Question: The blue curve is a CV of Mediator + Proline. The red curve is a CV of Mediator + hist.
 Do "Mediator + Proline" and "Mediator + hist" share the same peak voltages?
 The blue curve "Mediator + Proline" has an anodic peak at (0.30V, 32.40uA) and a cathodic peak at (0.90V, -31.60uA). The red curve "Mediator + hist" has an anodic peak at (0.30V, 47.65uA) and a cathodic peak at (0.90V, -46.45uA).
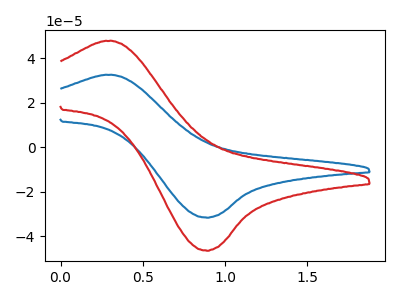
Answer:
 <answer>Yes, "Mediator + Proline" have a peak in "Mediator + hist" at the same potential.</answer>
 <eval>match</eval>